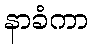
နာခံကာ